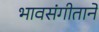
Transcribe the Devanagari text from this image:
भावसंगीताने